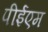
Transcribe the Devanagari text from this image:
पीईएम